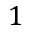
1